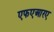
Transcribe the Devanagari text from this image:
एफएआरए